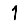
Digit: 1